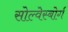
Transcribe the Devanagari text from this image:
सोल्वेस्बोर्ग